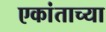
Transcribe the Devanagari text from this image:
एकांताच्या